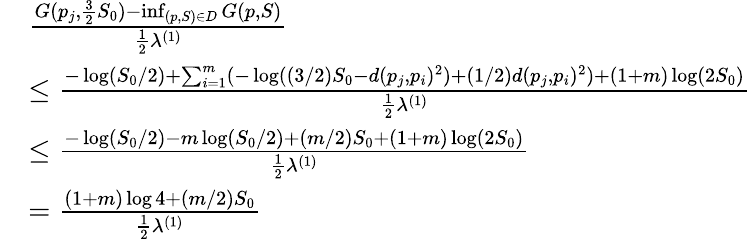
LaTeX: \begin{array}{rl}&{\frac{G(p_{j},\frac 32S_{0})-\operatorname*{inf}_{(p,S)\in D}G(p,S)}{\frac 12\lambda^{(1)}}}\\ &{\leq\frac{-\log(S_{0}/2)+\sum_{i=1}^{m}(-\log((3/2)S_{0}-d(p_{j},p_{i})^{2})+(1/2)d(p_{j},p_{i})^{2})+(1+m)\log(2S_{0})}{\frac{1}{2}\lambda^{(1)}}}\\ &{\leq\frac{-\log(S_{0}/2)-m\log(S_{0}/2)+(m/2)S_{0}+(1+m)\log(2S_{0})}{\frac{1}{2}\lambda^{(1)}}}\\ &{=\frac{(1+m)\log 4+(m/2)S_{0}}{\frac{1}{2}\lambda^{(1)}}}\end{array}